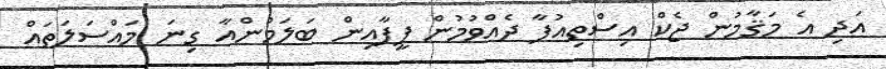
އަދި އެ މަޤާމުން ޖެކް އިސްތިއުފާ ދެއްވުމުން ފީފާއިން ބަލަމުންއާ ގިނަ މައްސަލަތައް